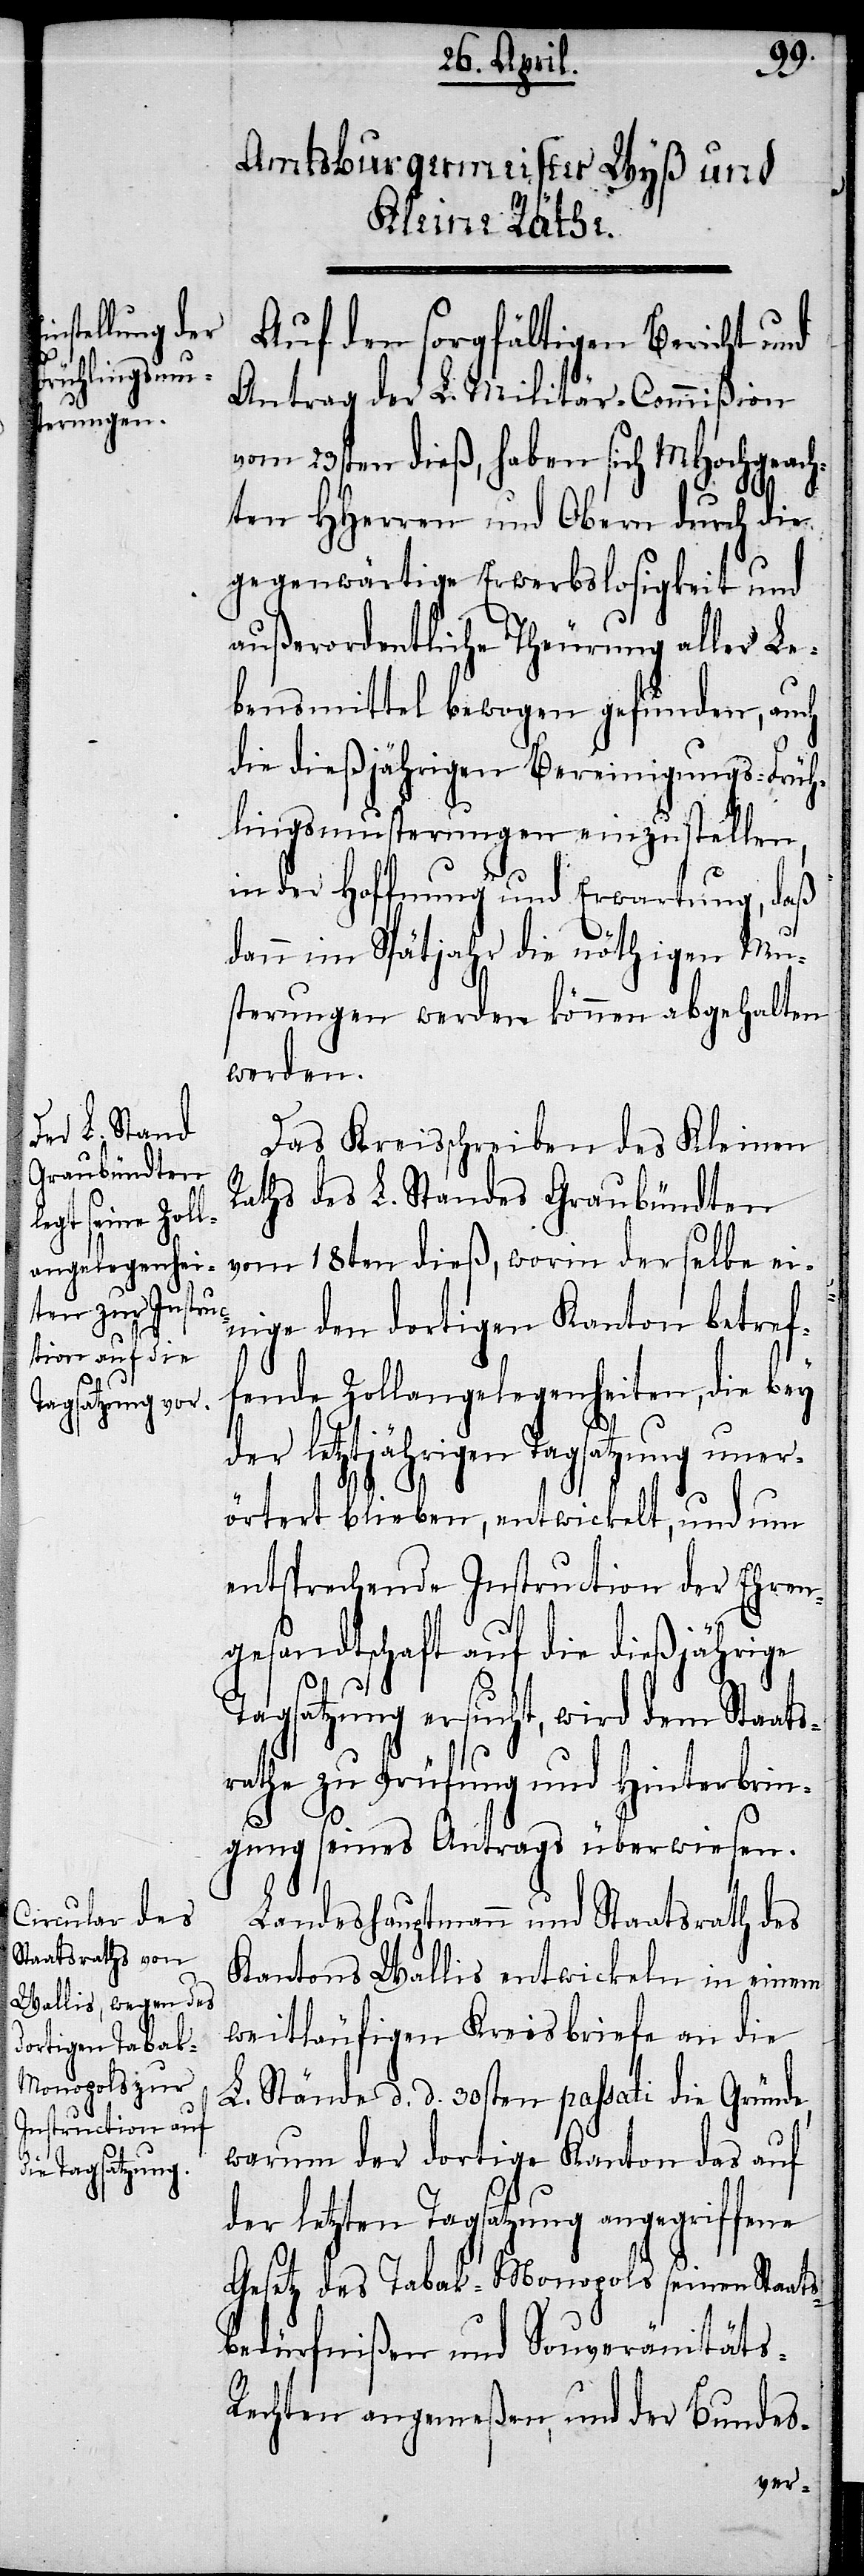
Auf den sorgfältigen Bericht und
Antrag der L. Militär-Commißion
vom 23sten dieß, haben sich MHochgeach¬
ten HHerren und Obern durch die
gegenwärtige Erwerbslosigkeit und
außerordentliche Theurung aller Le¬
bensmittel bewogen gefunden, auch
die dießjährigen Bereinigungs-Früh¬
lingsmusterungen einzustellen,
in der Hoffnung und Erwartung, daß
dann im Spätjahr die nöthigen Mu¬
sterungen werden können abgehalten
werden.
Das Kreisschreiben des Kleinen
Raths des L. Standes Graubündten
vom 18ten dieß, worin derselbe ei¬
nige den dortigen Kanton betref¬
fende Zollangelegenheiten, die bey
der letztjährigen Tagsatzung uner¬
örtert blieben, entwickelt, und um
entsprechende Instruction der Ehren¬
gesandtschaft auf die dießjährige
Tagsatzung ersucht, wird dem Staats¬
rathe zu Prüfung und Hinterbrin¬
gung seines Antrags überwiesen.
Landeshauptmann und Staatsrath des
Kantons Wallis entwickeln in einem
weitläufigen Kreisbriefe an die
L. Stände d. d. 30sten passati die Gründe,
warum der dortige Kanton das auf
der letzten Tagsatzung angegriffene
Gesetz des Tabak-Monopols seinen Staats¬
bedürfnißen und Souveränitäts-R¬
echten angemeßen, und der Bundes-